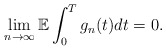
\begin{align*}\lim_{n\rightarrow \infty} \mathbb{E} \int_0^T g_n(t) dt = 0.\end{align*}